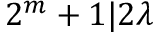
2 ^ { m } + 1 | 2 \lambda